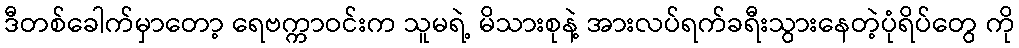
ဒီတစ်ခေါက်မှာတော့ ရေဗက္ကာဝင်းက သူမရဲ့ မိသားစုနဲ့ အားလပ်ရက်ခရီးသွားနေတဲ့ပုံရိပ်တွေ ကို